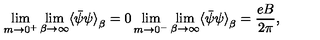
\lim _ { m \rightarrow 0 ^ { + } } \lim _ { \beta \rightarrow \infty } \langle { \bar { \psi } } \psi { \rangle } _ { \beta } = 0 \lim _ { m \rightarrow 0 ^ { - } } \lim _ { \beta \rightarrow \infty } \langle { \bar { \psi } } \psi { \rangle } _ { \beta } = \frac { e B } { 2 \pi } ,